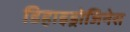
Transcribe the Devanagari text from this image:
डिहाइड्रोजिनेस